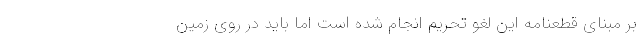
بر مبنای قطعنامه این لغو تحریم انجام شده است اما باید در روی زمین